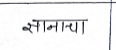
मजकूर: सानाचा